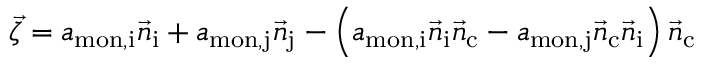
\vec { \zeta } = a _ { \mathrm { m o n , i } } \vec { n } _ { \mathrm { i } } + a _ { \mathrm { m o n , j } } \vec { n } _ { \mathrm { j } } - \left( a _ { \mathrm { m o n , i } } \vec { n } _ { \mathrm { i } } \vec { n } _ { \mathrm { c } } - a _ { \mathrm { m o n , j } } \vec { n } _ { \mathrm { c } } \vec { n } _ { \mathrm { i } } \right) \vec { n } _ { \mathrm { c } }